Report on the working of the mental hospitals for Indians in Bihar and Orissa - 1925-1929
Year: 1925
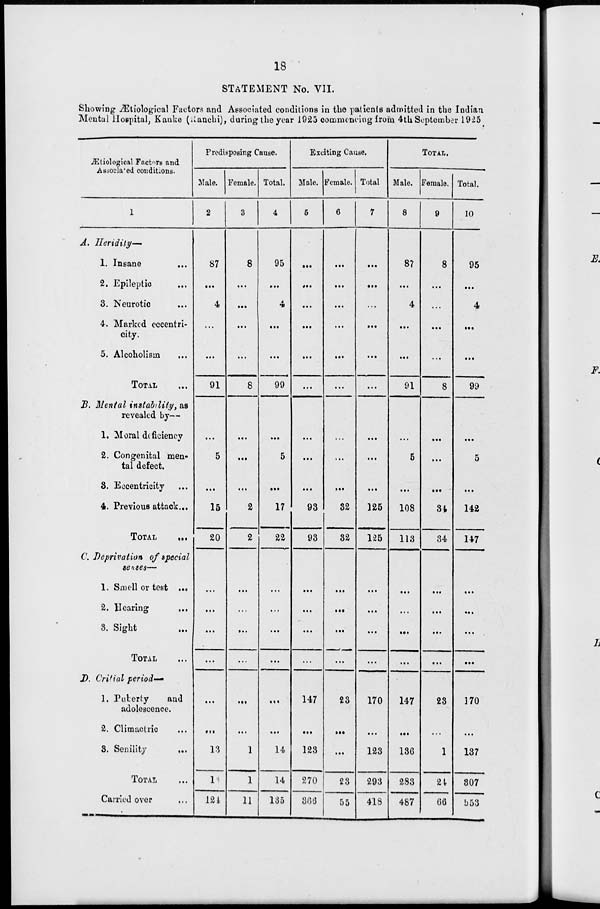
18
STATEMENT No. VII.
Showing Ætiological Factors and Associated conditions in the patients admitted in the Indian
Mental Hospital, Kanke (Ranchi), during the year 1925 commencing from 4th September 1925
Ætiological Factors and
Associated conditions.
1
A. Heridily—
1. Insane
...
2. Epileptic ...
3. Neurotic ...
4. Marked eccentri-
city.
5. Alcoholism ...
TOTAL ...
B. Mental instability, as
revealed by—
1. Moral deficiency
2. Congenital men-
tal defect.
3. Eccentricity ...
4. Previous attack ...
TOTAL
...
C. Deprivation of special
senses—
1. Smell or test ...
2. Hearing ...
3. Sight ...
TOTAL ...
D. Critial period–
1. Puberty
and
adolescence.
2. Climactric ...
3. Senility
...
TOTAL ...
Carried over ...
Predisposing Cause.
Male.
2
87
...
4
...
...
91
...
5
...
15
20
...
...
...
...
...
...
13
13
124
Female.
3
8
...
...
. ..
...
8
...
...
...
2
2
...
...
...
...
...
...
1
1
11
Total.
4
95
...
4
...
...
99
...
5
...
17
22
...
...
...
...
...
...
14
14
135
Exciting Cause.
Male.
5
...
...
...
...
...
...
...
...
...
93
93
...
...
...
...
147
...
123
270
366
Female.
6
...
...
...
...
...
...
...
...
...
32
32
...
...
...
...
23
...
...
23
55
Total
7
...
...
...
...
...
...
...
...
...
125
125
...
...
...
...
170
...
123
293
418
TOTAL.
Male.
8
87
...
4
...
.. .
91
...
5
...
108
113
...
...
...
...
147
...
136
283
487
Female.
9
8
...
...
...
...
8
...
...
...
34
34
...
. ..
...
. ..
23
. ..
1
24
66
Total.
10
95
...
4
...
. . .
99
...
5
...
142
147
...
...
...
...
170
. ..
137
307
553